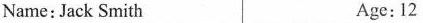
Name:Jack Smith Age:12